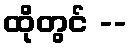
ထိုတွင် --